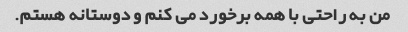
من به راحتی با همه برخورد می کنم و دوستانه هستم.